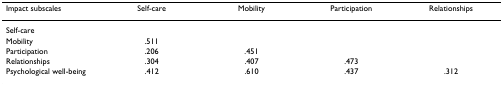
<table><thead><tr><td><b>Impact subscales</b></td><td><b>Self-care</b></td><td><b>Mobility</b></td><td><b>Participation</b></td><td><b>Relationships</b></td></tr></thead><tbody><tr><td>Self-care</td><td></td><td></td><td></td><td></td></tr><tr><td>Mobility</td><td>.511</td><td></td><td></td><td></td></tr><tr><td>Participation</td><td>.206</td><td>.451</td><td></td><td></td></tr><tr><td>Relationships</td><td>.304</td><td>.407</td><td>.473</td><td></td></tr><tr><td>Psychological well-being</td><td>.412</td><td>.610</td><td>.437</td><td>.312</td></tr></tbody></table>